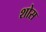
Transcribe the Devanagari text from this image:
शोस